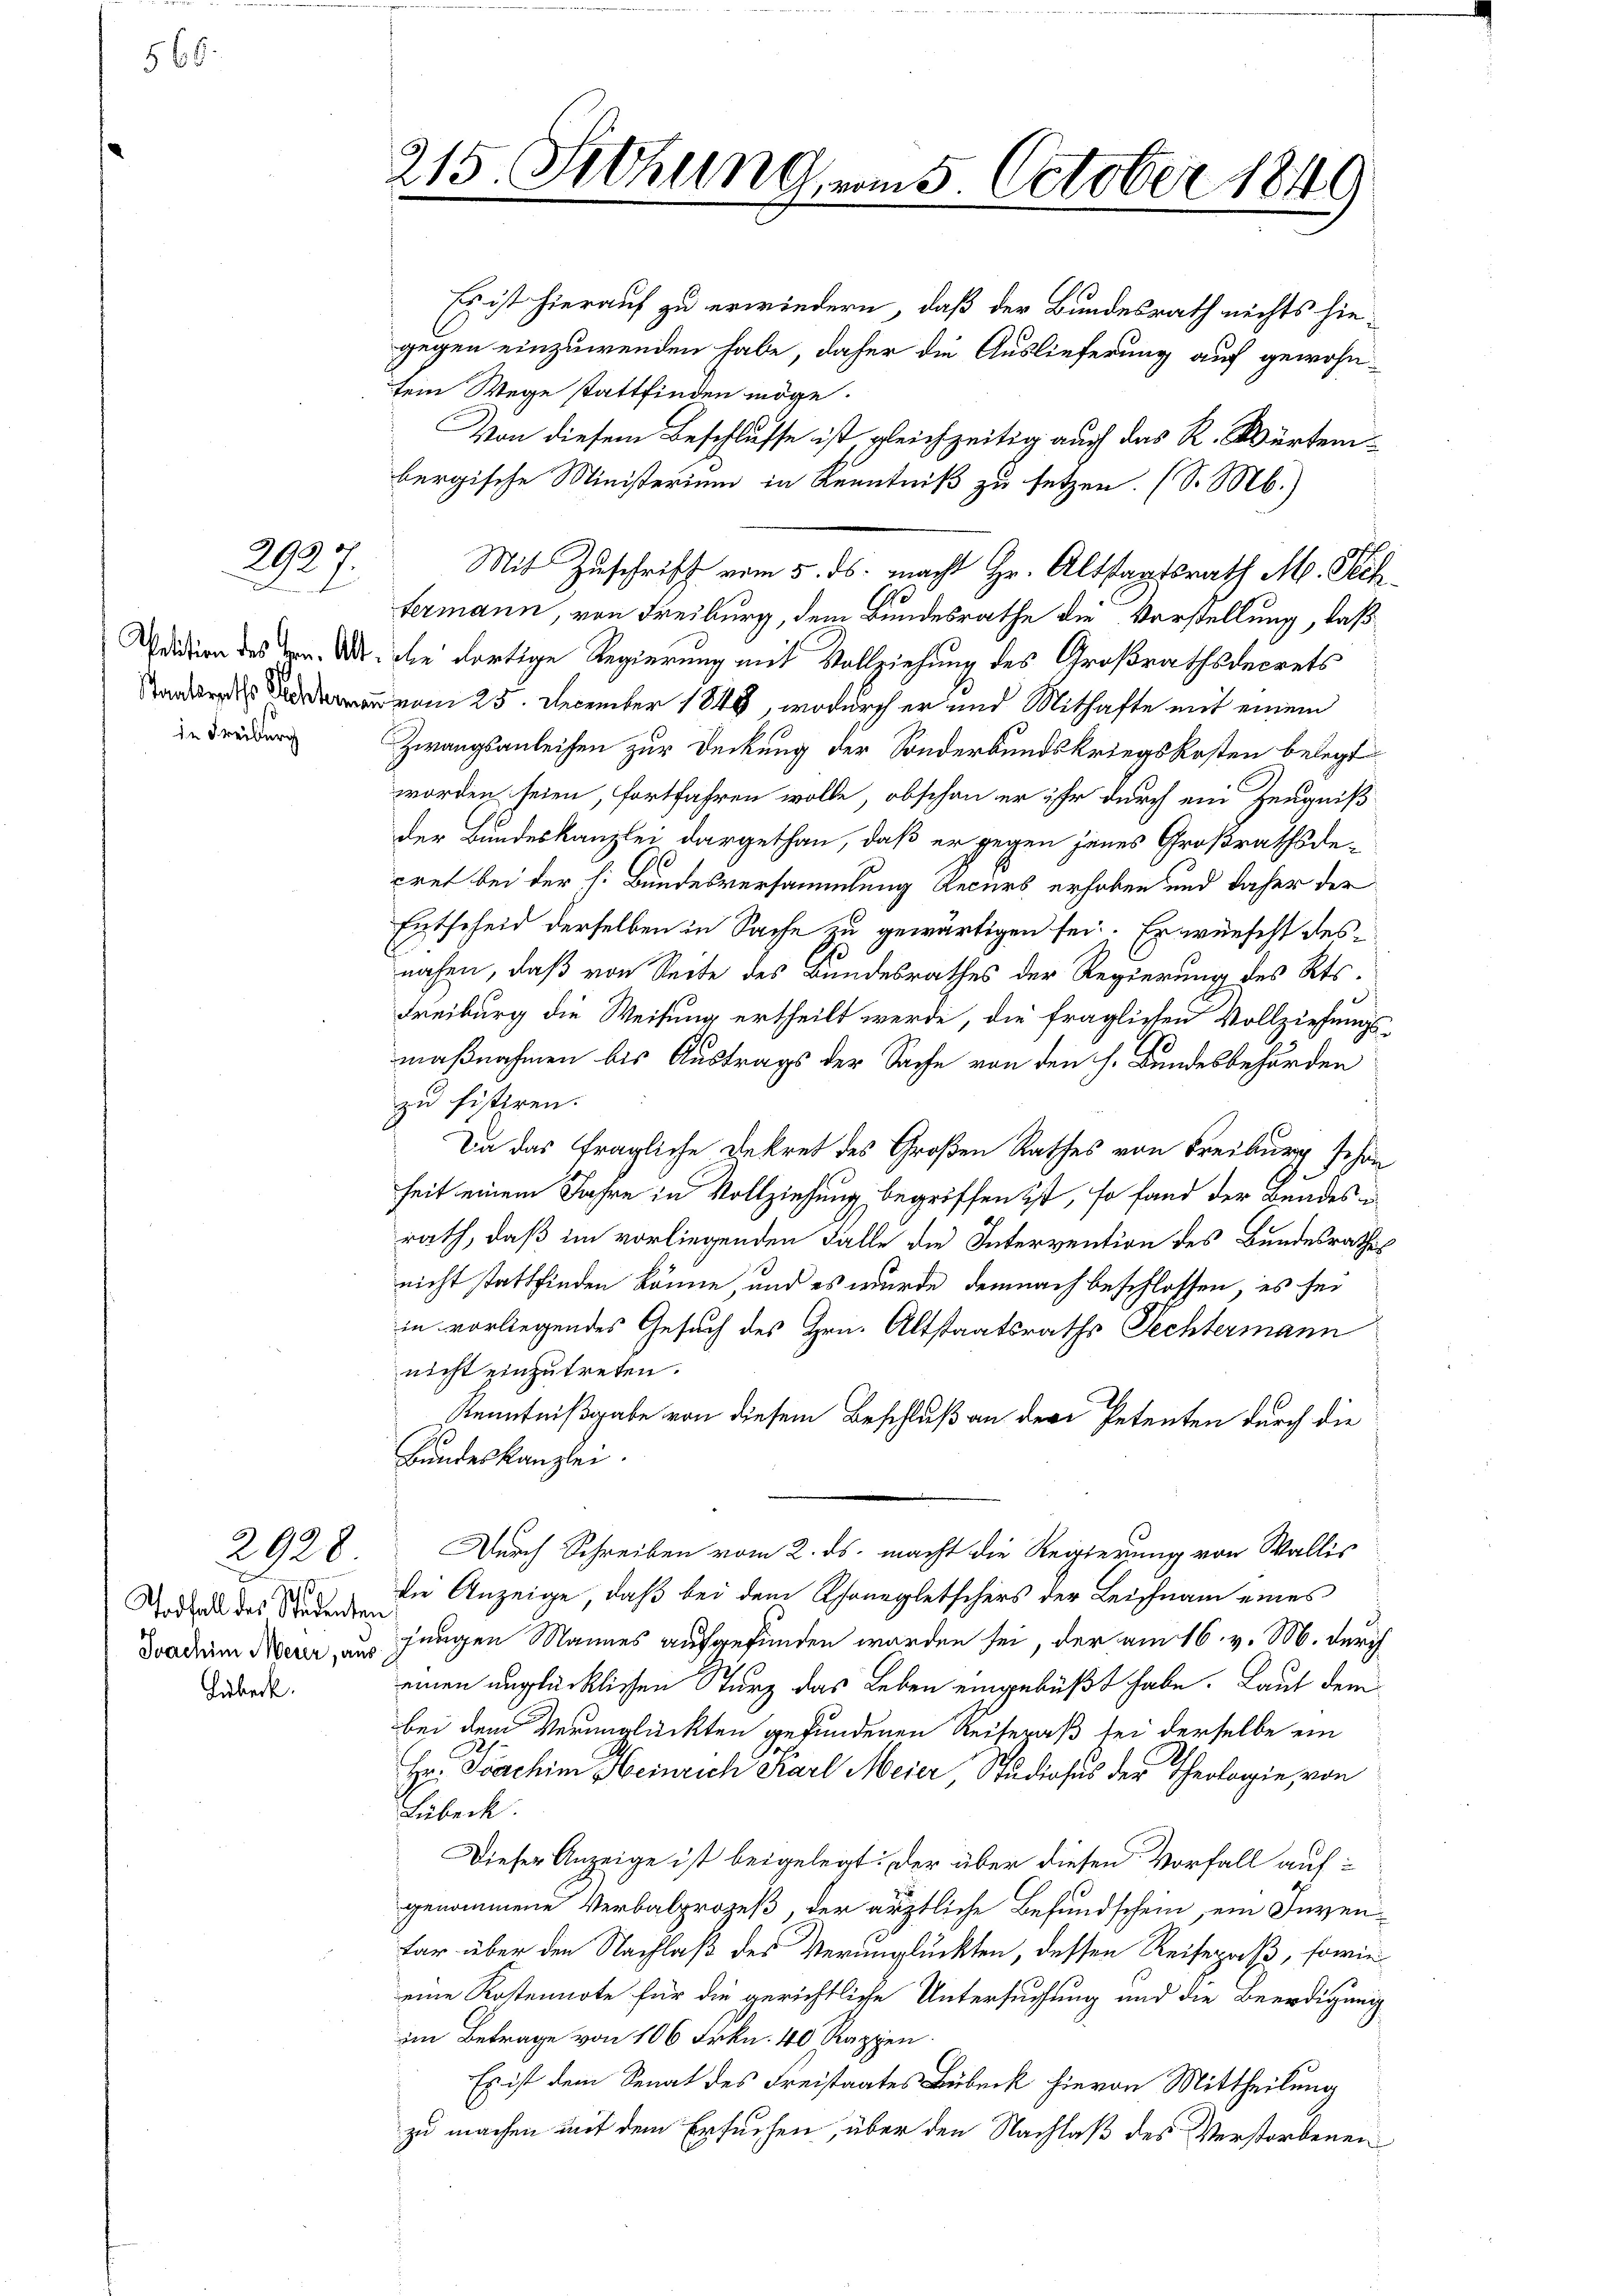
568.

2935
t

de Freiburg

Todfall des Studenten
Lübeck.

2928

.

Es ist hierauf zu erwiedern, daß der Bundesrath nichts hiegegen einzuwenden habe, daher die Auslieferung auf gewohntem Wege stattfinden möge.
Von diesem Beschlusse ist gleichzeitig auch das R. Würtembergische Ministerium in Kenntniß zu setzen. (S. Mb.)
Mit Zuschrift vom 5. ds. macht Hr. Altstaatsrath M. Sch
fermann, von Freiburg, dem Bundesrathe die Vorstellung, daß
Wuldtion des vor. Dr. die dortige Regierung mit Vollziehung des Großrathsdecrets
 25. December 1848, wodurch er und Mithafte mit einem
Zwangsanleihen zur Deckung der Sonderbundskriegskosten belegt
worden seien, fortfahren wolle, obschon er ihr durch ein Zeugnißder Bundeskanzlei dargethan, daß er gegen jenes Großrathsdecret bei der h. Bundesversammlung Recurs erhoben und daher der
Entscheid derselben in Sache zu gewärtigen sei. Er wünscht des
nahen, daß von Seite des Bundesrathes der Regierung des Kts.
Freiburg die Weisung ertheilt werde, die fraglichen Vollziehungs-
maßnahmen bis Austrags der Sache von den h. Bundesbehörden
zu fistiren.
Da das fragliche Dekret des Großen Rathes von Freiburg schon
heit einem Jahre in Vollziehung begriffen ist, so fand der Bundes u
rath, daß im vorliegenden Falle die Intervention des Bundesrathes
nicht stattfinden könne, und es wurde demnach beschlossen, es sei
in vorliegendes Gesuch des Hrn. Altstaatsraths Fechtermann
nicht einzutreten.
Kenntnißgabe von diesem Beschluß an der Petenten durch die
Bundeskanzlei.
Durch Schreiben vom 2. ds. macht die Regierung von Wallis
die Anzeige, daß bei dem Csongletschers der Leichnam eines
Doadeim Meier, aus jungen Mannes aufgefunden worden sei, der am 16. v. M. durch
einen unglücklichen Sturz das Leben eingebüßt habe. Laut dem
bei dem Verunglückten gefundenen Reisepaß sei derselbe ein
Hr. Joachim Heinrich Karl Meier, Studiosus der Theologie, von
Lübeck.
Dieser Anzeige ist beigelegt: Der über diesen Vorfall aufgenommene Verbalprozeß, der ärztliche Befundschein, ein Invenfar über den Nachlaß des Verunglückten, dessen Reisepaß, sowie
eine Kostennote für die gerichtliche Untersuchung und die Beerdigung
im Betrage von 106 Frkn. 40 Rappen
Es ist dem Senat des Freistaates Lübeck hievon Mittheilung
zu machen mit dem Ersuchen, über den Nachlaß des Verstorbenen

215. Sitzung vom 5. October 1849